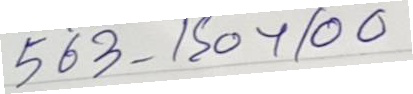
563 - 150 + 100